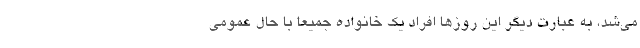
می‌شد، به عبارت دیگر این روزها افراد یک خانواده جمیعا با حال عمومی